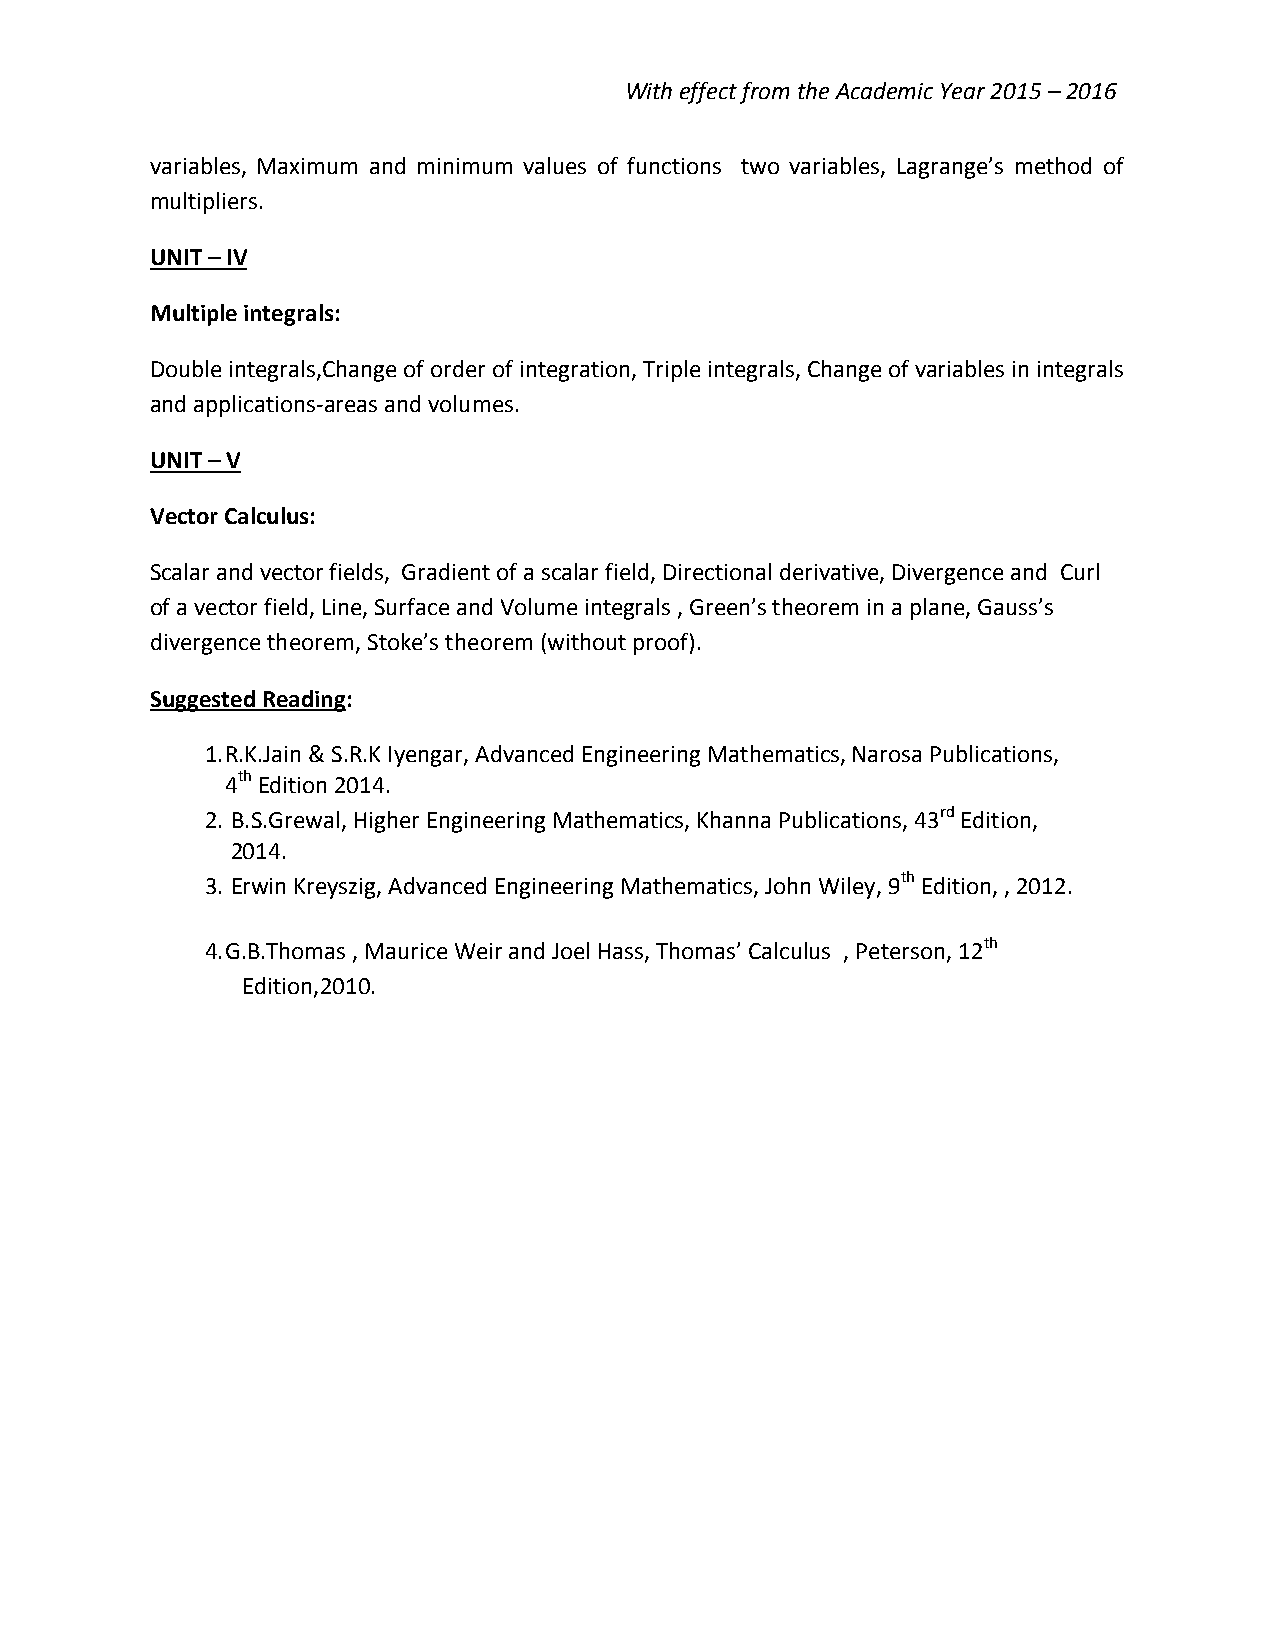
With effect from the Academic Year 2015 – 2016
 variables, Maximum and minimum values of functions two variables, Lagrange’s method of
 multipliers.
 UNIT – IV
 Multiple integrals:
 Double integrals,Change of order of integration, Triple integrals, Change of variables in integrals
 and applications-areas and volumes.
 UNIT – V
 Vector Calculus:
 Scalar and vector fields, Gradient of a scalar field, Directional derivative, Divergence and Curl
 of a vector field, Line, Surface and Volume integrals , Green’s theorem in a plane, Gauss’s
 divergence theorem, Stoke’s theorem (without proof).
 Suggested Reading:
 1. R.K.Jain & S.R.K Iyengar, Advanced Engineering Mathematics, Narosa Publications,
 4th Edition 2014.
 2. B.S.Grewal, Higher Engineering Mathematics, Khanna Publications, 43rd Edition,
 2014.
 3. Erwin Kreyszig, Advanced Engineering Mathematics, John Wiley, 9th Edition, , 2012.
 4. G.B.Thomas , Maurice Weir and Joel Hass, Thomas’ Calculus , Peterson, 12th
 Edition,2010.